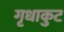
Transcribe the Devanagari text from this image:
गृधाकुट